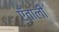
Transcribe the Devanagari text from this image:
एँताली